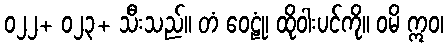
၀၂၂+ ၀၂၃+ သီးသည်။ တံ ဝေဠုံ၊ ထိုဝါးပင်ကို။ ဝမိ ဣဝ၊